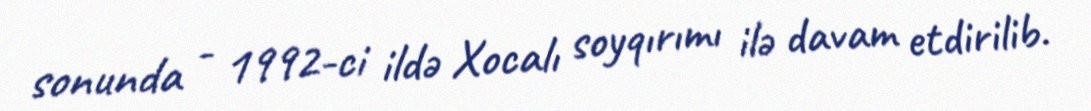
sonunda - 1992-ci ildə Xocalı soyqırımı ilə davam etdirilib.